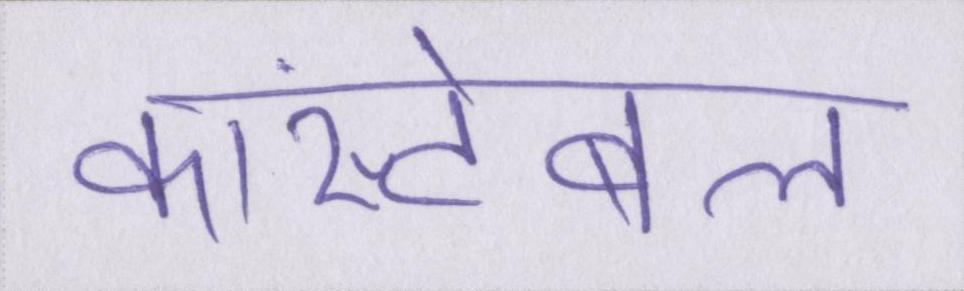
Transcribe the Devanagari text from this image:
कांस्टेबल